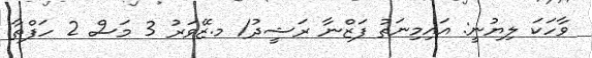
ވާހަކަ ލިޔުނީ: އައިމިނަތު ފަޒްނާ ރަޝީދު/ މ.ޒޭވަރު 3 މަސް 2 ހަފްތާ